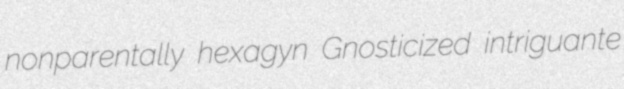
nonparentally hexagyn Gnosticized intriguante